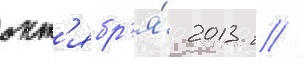
окт'ябр'я́ 2013 г //